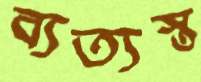
ব্যত্যস্ত